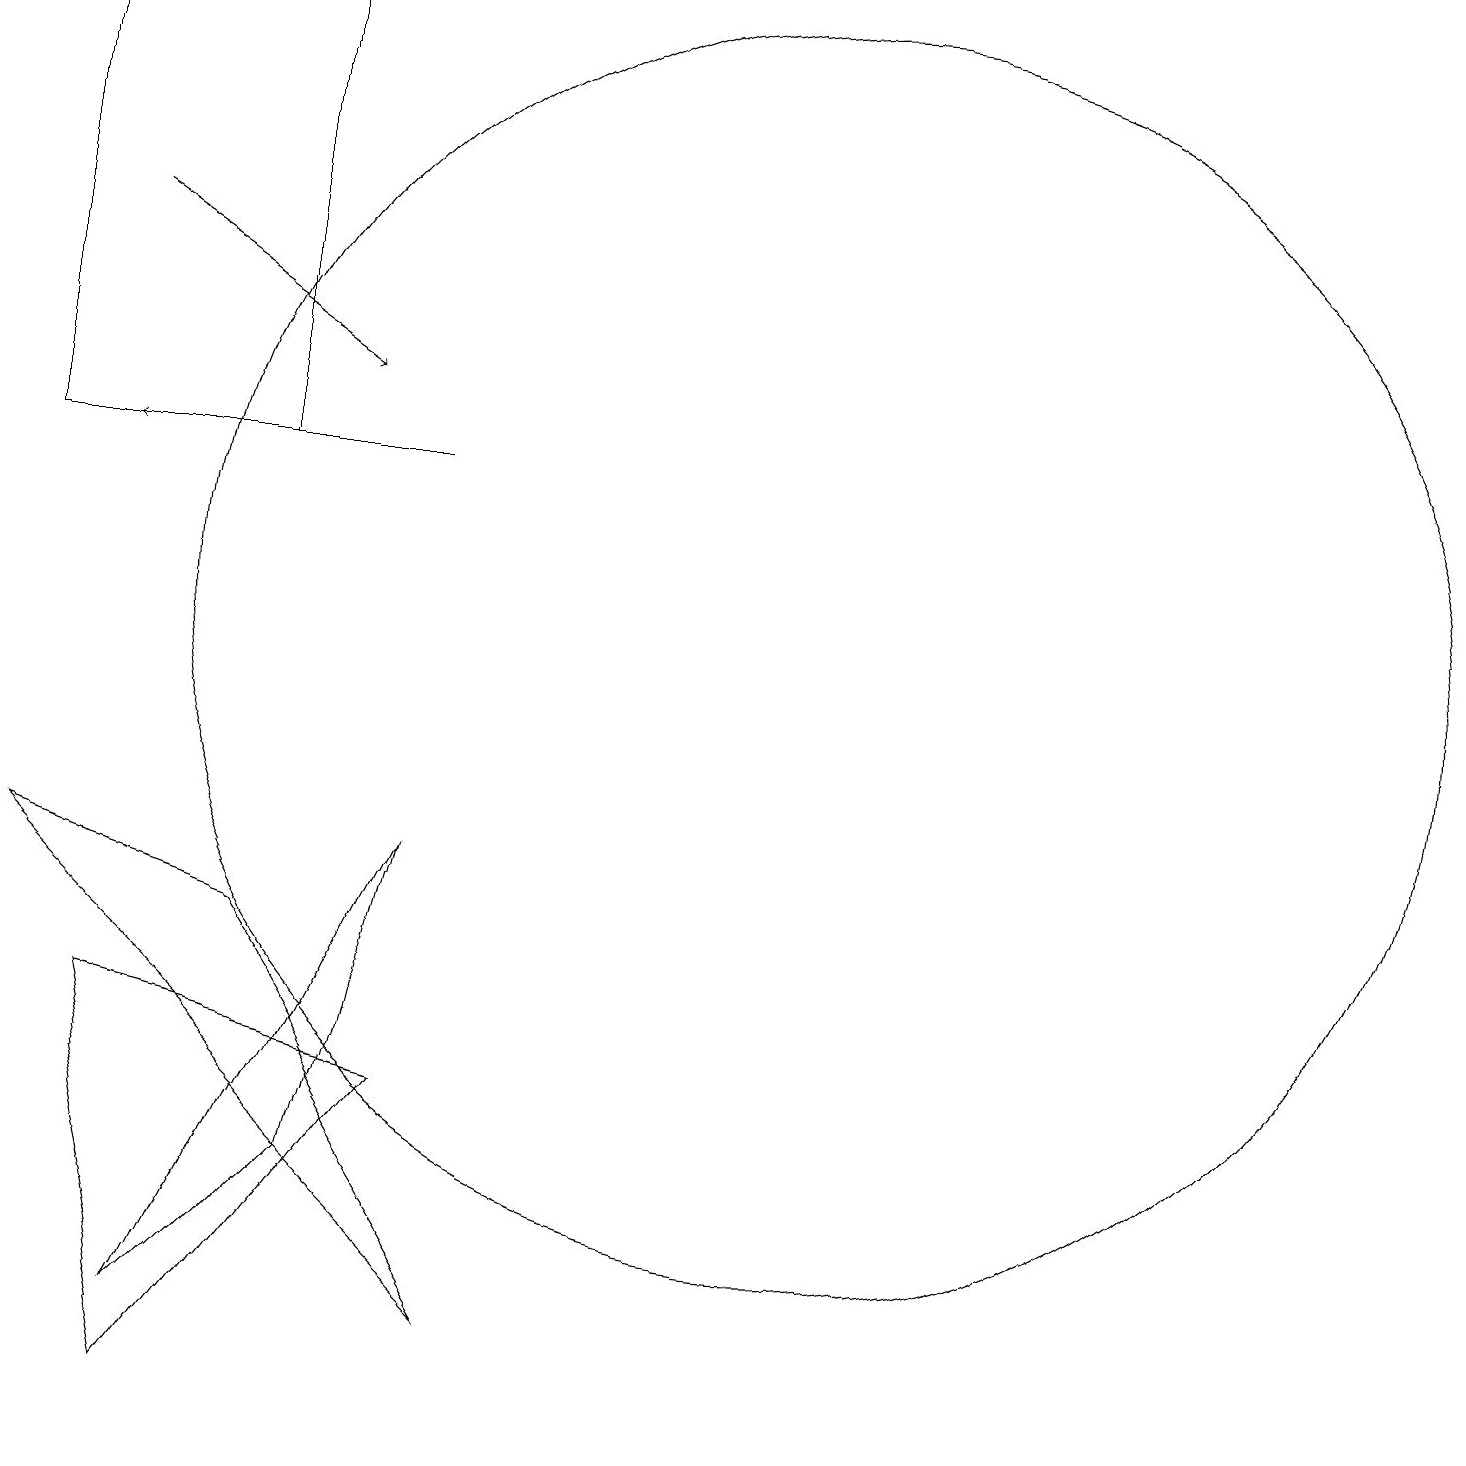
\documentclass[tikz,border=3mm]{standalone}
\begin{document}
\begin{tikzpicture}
\draw[->] (5,12) -- (1,12);
\draw (0,12) rectangle (3,18);
\draw (4,3) -- (2,1) -- (5,7) -- cycle;
\draw (2,0) -- (5,4) -- (1,5) -- cycle;
\draw (0,7) -- (3,6) -- (6,1) -- cycle;
\draw (10,10) circle (8);
\draw[->] (1,15) -- (4,13);
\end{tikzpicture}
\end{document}